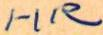
I-IIR